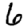
Digit: 6